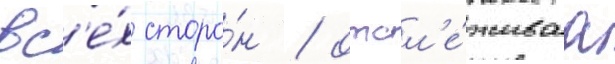
вс'е́х сторо́н / отсл'е́живаа